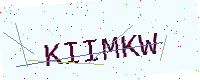
Text: KIIMKW